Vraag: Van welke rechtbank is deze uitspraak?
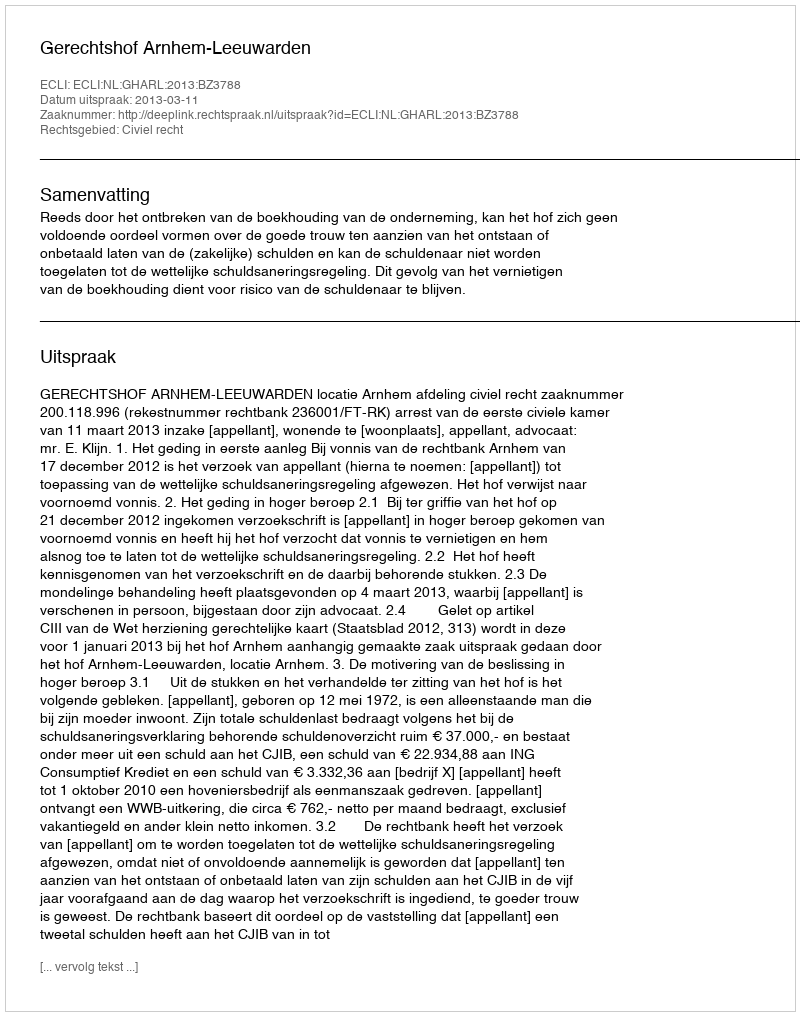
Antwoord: Gerechtshof Arnhem-Leeuwarden